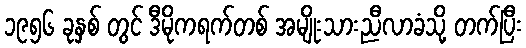
၁၉၅၆ ခုနှစ် တွင် ဒီမိုကရက်တစ် အမျိုးသားညီလာခံသို့ တက်ပြီး